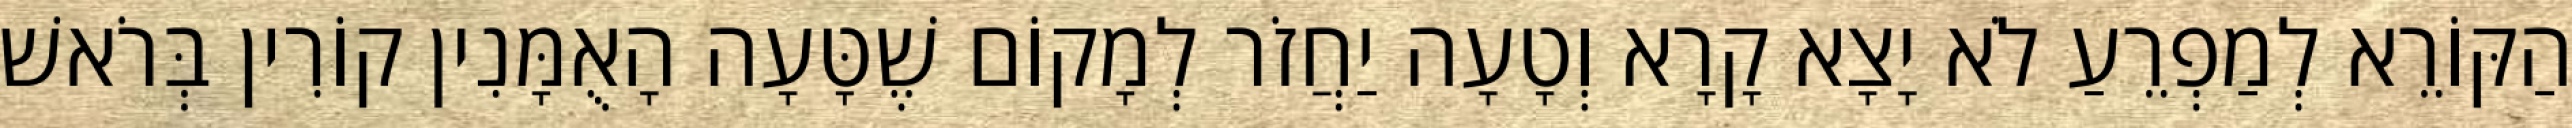
הַקּוֹרֵא לְמַפְרֵעַ לֹא יָצָא קָרָא וְטָעָה יַחֲזֹר לְמָקוֹם שֶׁטָּעָה הָאֻמָּנִין קוֹרִין בְּרֹאשׁ